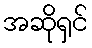
အဆိုရှင်